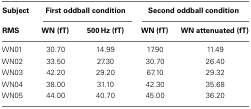
<table><thead><tr><td><b>Subject</b></td><td colspan="2"><b>First oddball condition</b></td><td colspan="2"><b>Second oddball condition</b></td></tr><tr><td><b>RMS</b></td><td><b>WN (fT)</b></td><td><b>500 Hz (fT)</b></td><td><b>WN (fT)</b></td><td><b>WN attenuated (fT)</b></td></tr></thead><tbody><tr><td>WN01</td><td>30.70</td><td>14.99</td><td>17.90</td><td>11.49</td></tr><tr><td>WN02</td><td>33.50</td><td>27.30</td><td>30.70</td><td>26.40</td></tr><tr><td>WN03</td><td>42.20</td><td>29.20</td><td>67.10</td><td>29.32</td></tr><tr><td>WN04</td><td>38.00</td><td>31.10</td><td>42.30</td><td>35.68</td></tr><tr><td>WN05</td><td>44.00</td><td>40.70</td><td>45.00</td><td>36.20</td></tr></tbody></table>